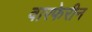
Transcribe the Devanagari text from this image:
वारफेरीन